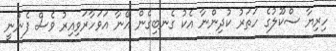
ހިރިޔާ ސްކޫލުގެ ހަތަރު ކުދިންނާ އެކު ގެނބިގެން އޭނާ އަވަހާރަވިއިރު ވެސް ފެނުނީ